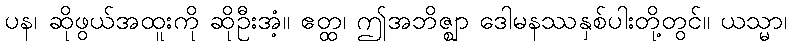
ပန၊ ဆိုဖွယ်အထူးကို ဆိုဦးအံ့။ ဧတ္ထ၊ ဤအဘိဇ္ဈာ ဒေါမနဿနှစ်ပါးတို့တွင်။ ယသ္မာ၊